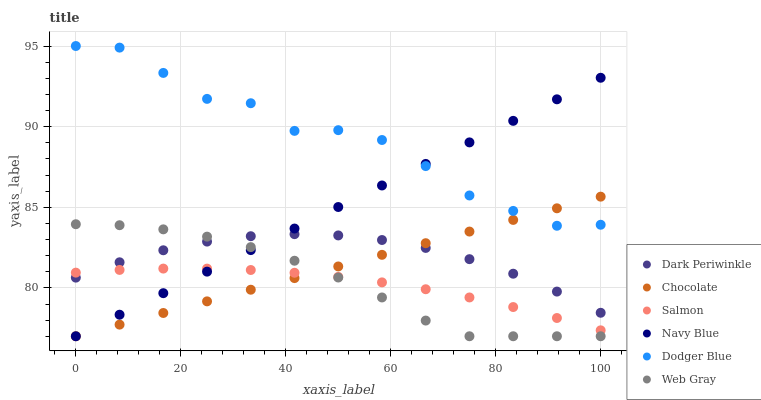
| xaxis_label | Dark Periwinkle | Chocolate | Salmon | Navy Blue | Dodger Blue | Web Gray |
 | --- | --- | --- | --- | --- | --- | --- |
 | 0 | 80.6 | 77 | 80.9 | 77 | 95 | 83.9 |
 | 8.33 | 81.6 | 77.7 | 81.1 | 78.3 | 94.9 | 83.9 |
 | 16.7 | 82.3 | 78.4 | 81.2 | 79.7 | 93.3 | 83.6 |
 | 25 | 82.9 | 79.2 | 81.2 | 81 | 91.7 | 83.2 |
 | 33.3 | 83.2 | 79.9 | 81.1 | 82.3 | 91.5 | 82.5 |
 | 41.7 | 83.3 | 80.6 | 80.9 | 83.7 | 89.7 | 81.7 |
 | 50 | 83.3 | 81.3 | 80.7 | 85 | 89.8 | 80.6 |
 | 58.3 | 83 | 82 | 80.3 | 86.4 | 89.2 | 79.4 |
 | 66.7 | 82.5 | 82.8 | 79.9 | 87.7 | 87.6 | 78 |
 | 75 | 81.8 | 83.5 | 79.4 | 89 | 85.7 | 77 |
 | 83.3 | 80.9 | 84.2 | 78.8 | 90.4 | 84.8 | 77 |
 | 91.7 | 79.8 | 84.9 | 78.1 | 91.7 | 83.9 | 77 |
 | 100 | 78.5 | 85.7 | 77.4 | 93 | 83.9 | 77 |